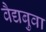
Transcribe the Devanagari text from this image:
वैद्यबुवा